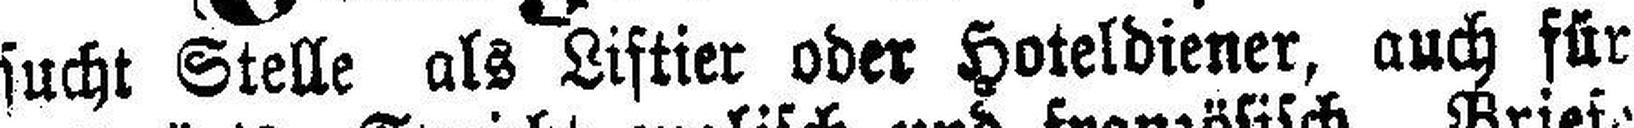
sucht Stelle als Liftier oder Hoteldiener, auch für